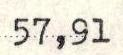
57,91